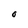
Character: O